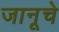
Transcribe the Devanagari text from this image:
जानूचे